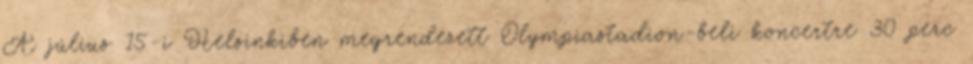
A július 15-i Helsinkiben megrendezett Olympiastadion-beli koncertre 30 perc